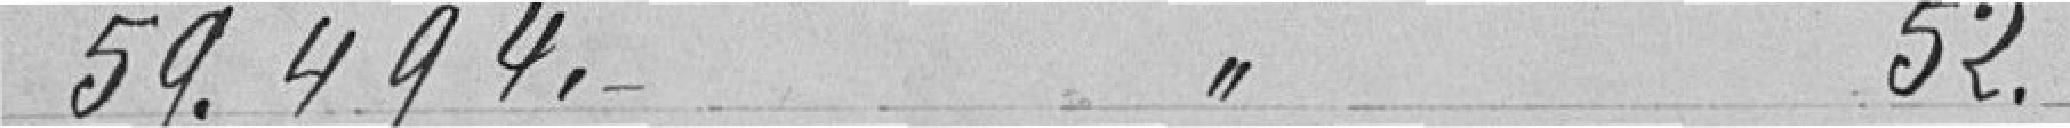
59.494 francs à l'article 52